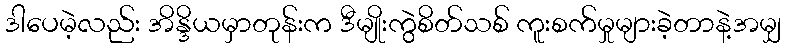
ဒါပေမဲ့လည်း အိန္ဒိယမှာတုန်းက ဒီမျိုးကွဲစိတ်သစ် ကူးစက်မှုများခဲ့တာနဲ့အမျှ